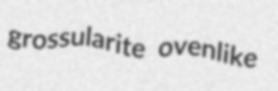
grossularite ovenlike